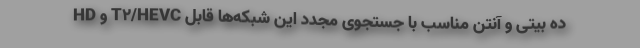
HD و T۲/HEVC ده بیتی و آنتن مناسب با جستجوی مجدد این شبکه‌ها قابل